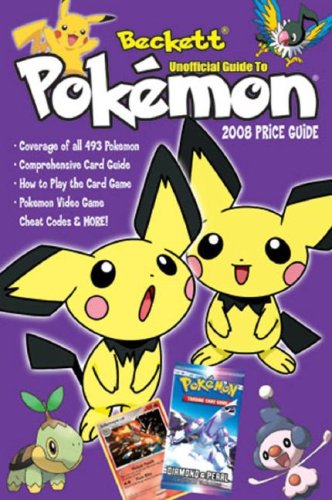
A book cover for Beckett Unofficial Pokemon Price Guide #3 (Beckett Unofficial Guide to Pokemon); James Beckett; Science Fiction & Fantasy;